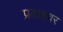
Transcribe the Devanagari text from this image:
प्रवाहवर